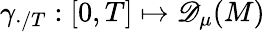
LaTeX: \gamma_{\cdot/T}:[0,T]\mapsto{\mathscr{D}_{\mu}(M)}